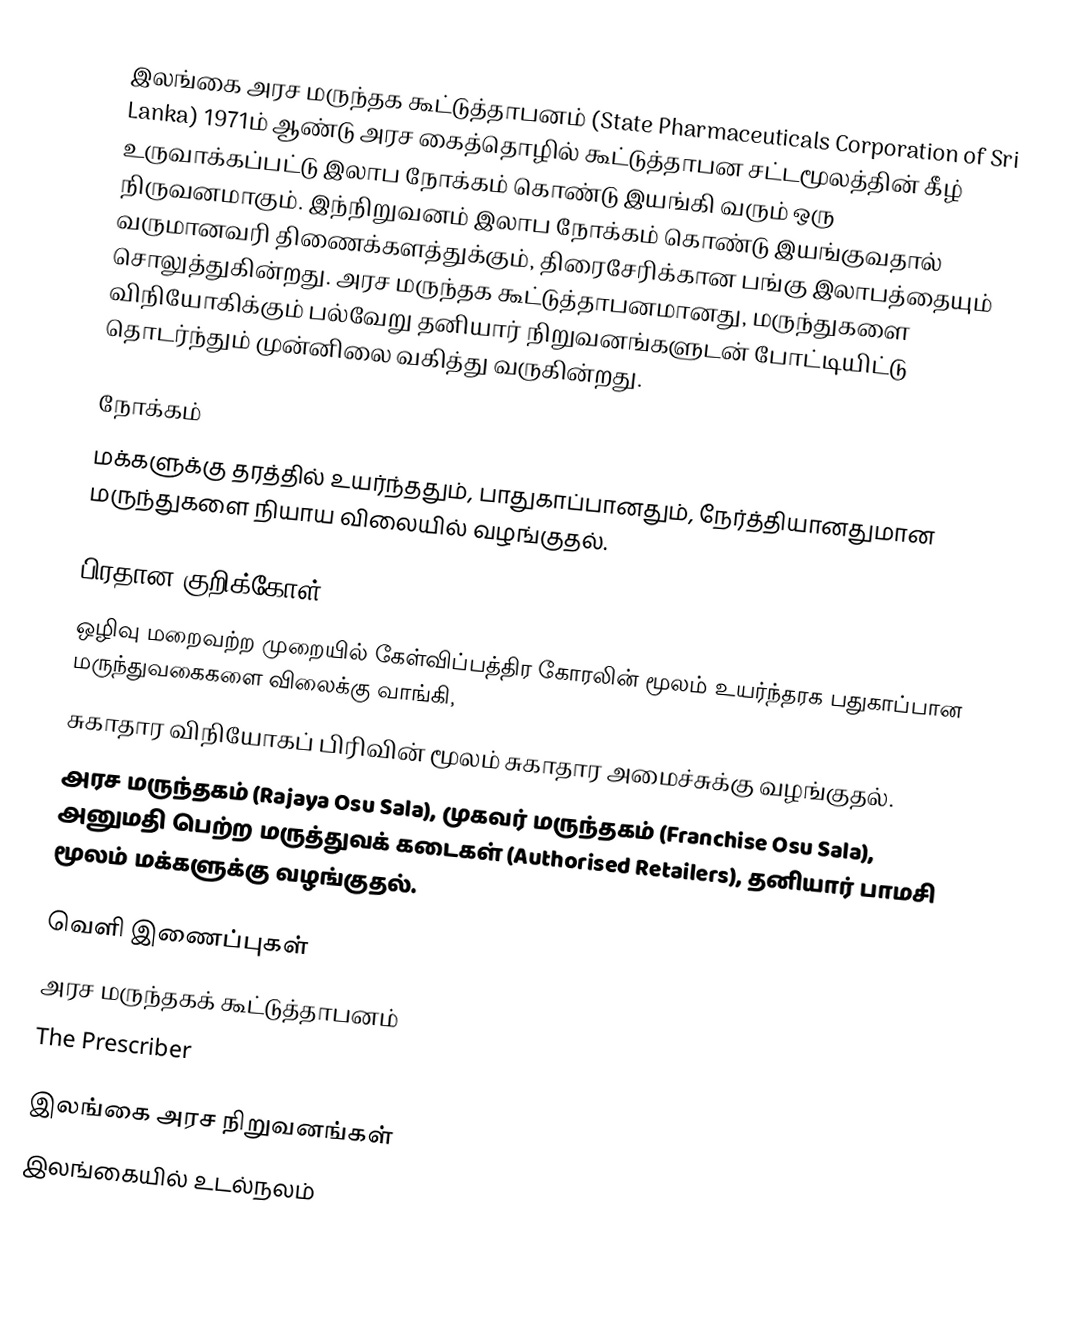
இலங்கை அரச மருந்தக கூட்டுத்தாபனம் (State Pharmaceuticals Corporation of Sri Lanka) 1971ம் ஆண்டு அரச கைத்தொழில் கூட்டுத்தாபன சட்டமூலத்தின் கீழ் உருவாக்கப்பட்டு இலாப நோக்கம் கொண்டு இயங்கி வரும் ஒரு நிருவனமாகும். இந்நிறுவனம் இலாப நோக்கம் கொண்டு இயங்குவதால் வருமானவரி திணைக்களத்துக்கும், திரைசேரிக்கான பங்கு இலாபத்தையும் சொலுத்துகின்றது. அரச மருந்தக கூட்டுத்தாபனமானது, மருந்துகளை விநியோகிக்கும் பல்வேறு தனியார் நிறுவனங்களுடன் போட்டியிட்டு தொடர்ந்தும் முன்னிலை வகித்து வருகின்றது.

நோக்கம்
மக்களுக்கு தரத்தில் உயர்ந்ததும், பாதுகாப்பானதும், நேர்த்தியானதுமான மருந்துகளை நியாய விலையில் வழங்குதல்.

பிரதான குறிக்கோள்
ஒழிவு மறைவற்ற முறையில் கேள்விப்பத்திர கோரலின் மூலம் உயர்ந்தரக பதுகாப்பான மருந்துவகைகளை விலைக்கு வாங்கி,
 சுகாதார விநியோகப் பிரிவின் மூலம் சுகாதார அமைச்சுக்கு வழங்குதல்.
 அரச மருந்தகம் (Rajaya Osu Sala), முகவர் மருந்தகம் (Franchise Osu Sala), அனுமதி பெற்ற மருத்துவக் கடைகள் (Authorised Retailers), தனியார் பாமசி மூலம் மக்களுக்கு வழங்குதல்.

வெளி இணைப்புகள்
அரச மருந்தகக் கூட்டுத்தாபனம்
The Prescriber

இலங்கை அரச நிறுவனங்கள்
இலங்கையில் உடல்நலம்